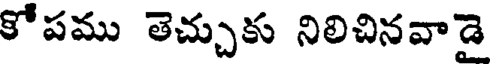
కోపము తెచ్చుకు నిలిచినవాడై